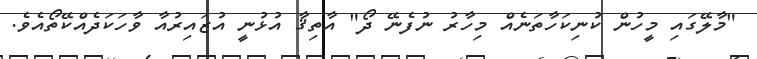
"މާލޭގައި މީހުން ކުނިކަހާތަނެއް މިހާރު ނުފެނޭ ދޯ" އާތިޤާ އުޅުނީ އުޒައިރުއާ ވާހަކަދެއްކޭތޯއެވެ.